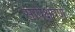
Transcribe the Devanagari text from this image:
सापेक्षपणे